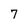
Character: 7